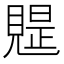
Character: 𧡭